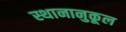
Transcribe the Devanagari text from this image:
स्थानानुकूल